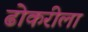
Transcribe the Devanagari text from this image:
ढोकरीला